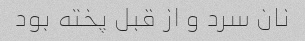
نان سرد و از قبل پخته بود